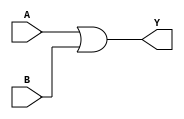
module two_variable_kmap (
    input wire A,  // First input variable
    input wire B,  // Second input variable
    output wire Y  // Output variable
);

// K-map simplification logic
// The output Y can be derived based on the K-map filling.
// For example, let's assume we want to implement the function Y = A + B (which corresponds to the K-map filled with 1s in certain cells).
assign Y = A | B;  // This is just an example; modify the expression as needed based on the specific K-map filling.

endmodule